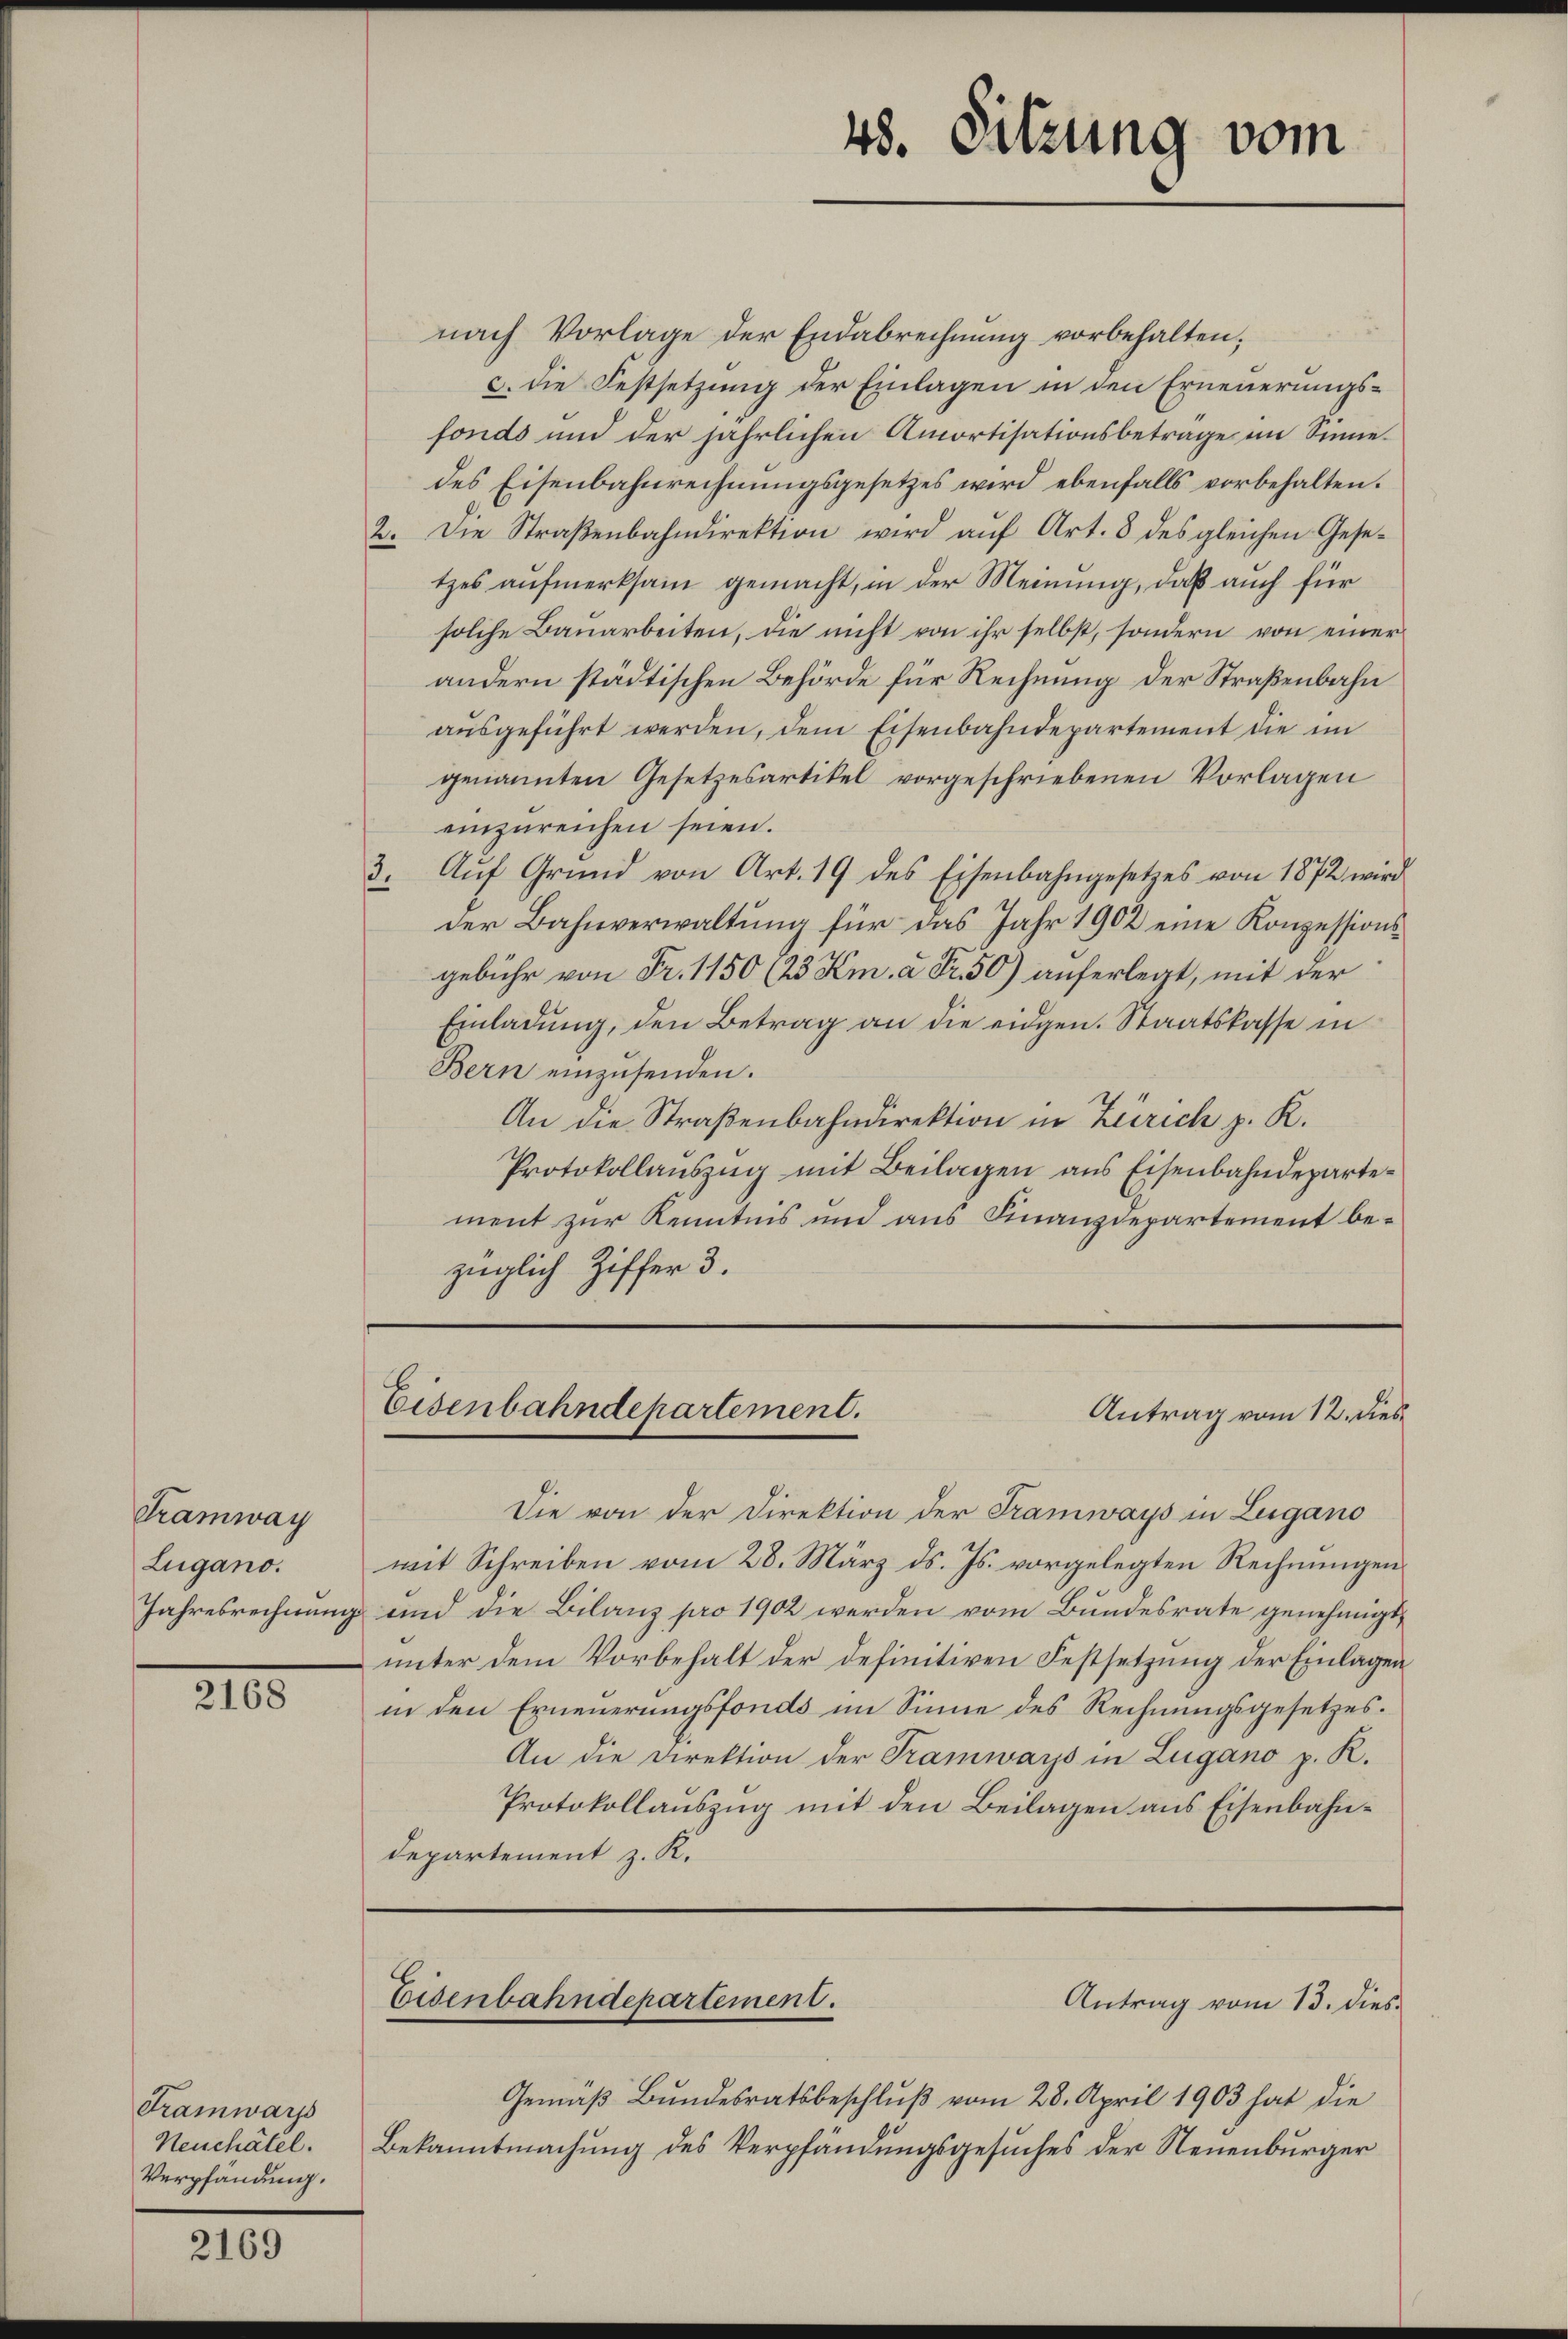
Tramway
Lugano.

2168

Tramwarzs
Neuchâtel.
Verpfändung.

2169

48. Sitzung vom

Eisenbahndepartement.
Antrag vom 12. dies

Eisenbahndepartement.
Antrag vom 13. dies

nach Vorlage der Endabrechnung vorbehalten;
c. Die Festsetzung der Einlagen in den Erneuerungsfonds und der jährlichen Amortisationsbetrage im Sinne.
des Eisenbahnrechnungsgesetzes wird ebenfalls vorbehalten.
2. Die Straβenbahndirektion wird aŭf Art. 8 des gleichen Gese-
tzes aufmerksam gemacht, in der Meinung, daß auch für
solche Bauarbeiten, die nicht von ihr selbst, sondern von einer
andern städtischen Behörde für Rechnung der Straßenbahn
aŭsgeführt werden, dem Eisenbahndepartement die im
genannten Gesetzesartikel vorgeschriebenen Vorlagen
einzureichen seien.
3. Aŭf Grŭnd von Art. 19 des Eisenbahngesetzes von 1872 wird
der Bahnverwaltung für das Jahr 1902 eine Konzessionsgebühr von Fr. 1150 (23 Km. à Fr. 50) auferlegt, mit der
Einladung, den Betrag an die eidgen. Staatskasse in
Bern einzusenden.
An die Straßenbahndirektion in Zürich z. K.
Protokollaŭszŭg mit Beilagen aus Eisenbahndepartement zur Kenntnis und aus Finanzdepartement bezüglich Ziffer 3.

Die von der Direktion der Tramways in Zugano
mit Schreiben vom 28. März d. Js. vorgelegten Rechnungen
Jahresrechnung und die Bilanz pro 1902 werden vom Bundesrate genehmigt,
unter dem Vorbehalt der definitiven Festsetzung der Einlagen
in den Erneuerungsfonds im Sinne des Rechnungsgesetzes.
An die Direktion der Tramways in Lugano p. K.
Protokollauszug mit den Beilagen aus Eisenbahn¬
Departement z. K.

Gemäβ Bŭndesratsbeschlŭβ vom 28. April 1903 hat die
Bekanntmachung des Verpfändungsgesuches der Neuenburger